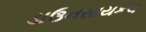
ડાઉનસાયકલ